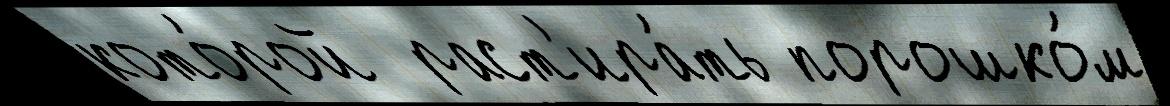
кото́рой  раст'ира́ть порошко́м